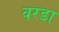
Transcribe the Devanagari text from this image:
वरडा